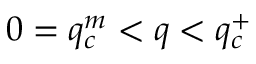
0 = q _ { c } ^ { m } < q < q _ { c } ^ { + }